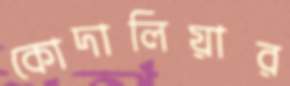
কোদালিয়ার